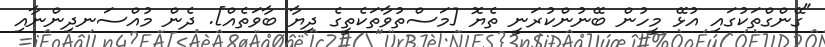
"ގޭންގްތަކުގައި އުޅޭ މީހުން ބޭނުންކުރަނީ ތެޔޮ [މަސްތުވާތަކެތީގެ ދިޔާ ބާވަތެއް]. ދެން މުއްސަނދިންނާއި